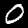
Digit: 0